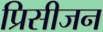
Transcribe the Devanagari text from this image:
प्रिसीजन